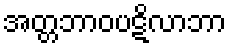
အတ္တဘာဝပဋိလာဘာ